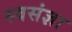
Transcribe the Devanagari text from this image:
स्वसंज्ञा